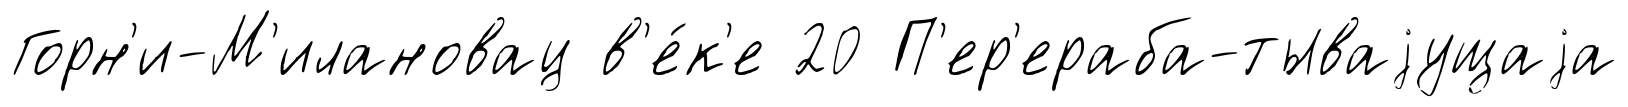
Горн'и-М'илановац в'е́к'е 20 П'ер'ераба-тываjущаjа